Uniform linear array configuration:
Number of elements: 12
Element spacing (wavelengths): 0.75
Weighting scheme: blackman
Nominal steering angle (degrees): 45
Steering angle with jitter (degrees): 45.329
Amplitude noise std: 0.05
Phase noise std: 0.05

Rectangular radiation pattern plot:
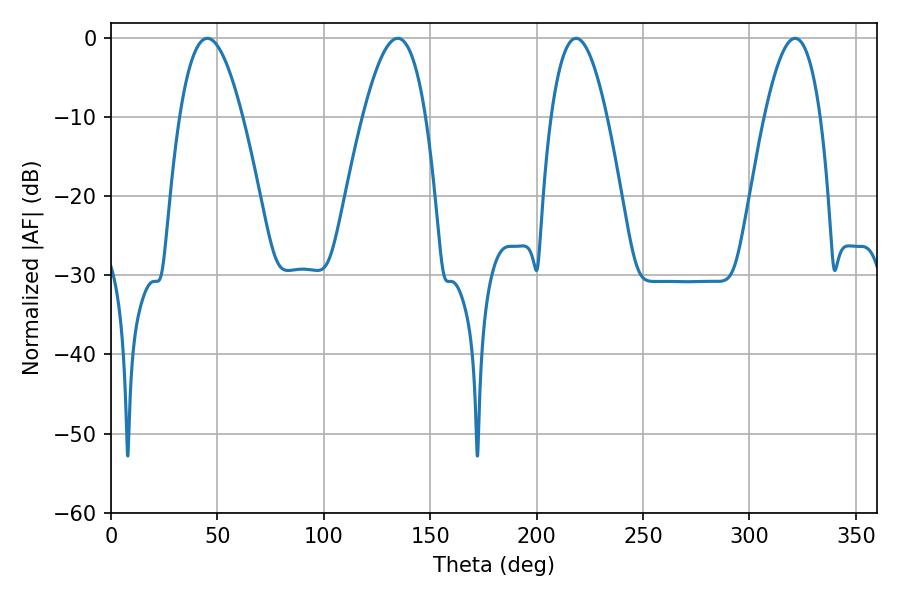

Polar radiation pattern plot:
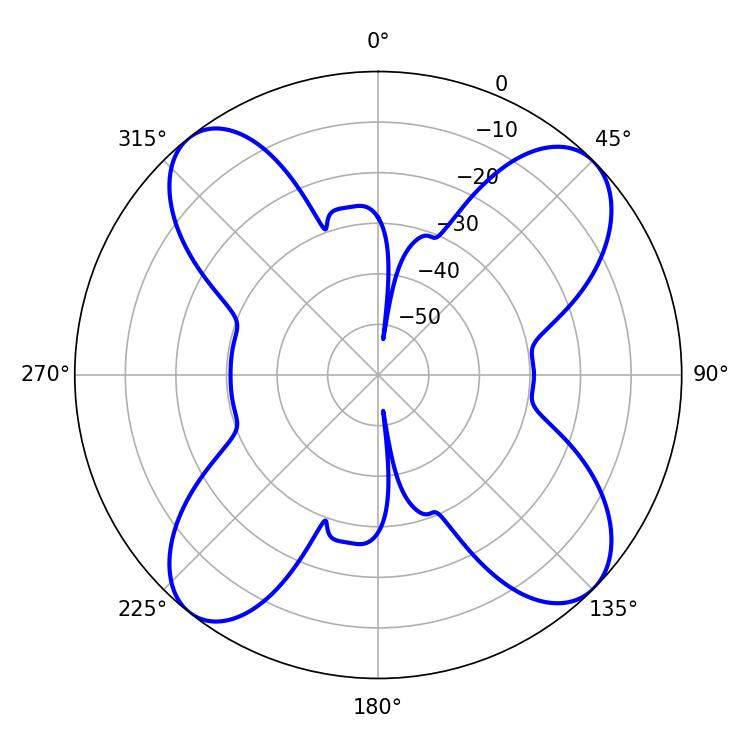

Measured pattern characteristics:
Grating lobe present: TRUE
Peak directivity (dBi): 13.25
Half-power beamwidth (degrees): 14.4
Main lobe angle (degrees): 218.52